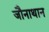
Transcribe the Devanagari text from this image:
जौनाथान